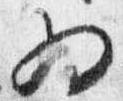
為